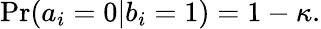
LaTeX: \mathrm{Pr}(a_{i}=0|b_{i}=1)=1-\kappa.